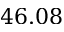
4 6 . 0 8